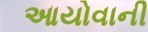
આયોવાની